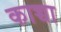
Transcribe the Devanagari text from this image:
काच्चा